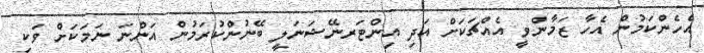
އެހެންކަމުން އެހާ ޒަމާންވީ އެއްޗަކަށް އަދި އިންޓަރނޭޝަނަލީ ބޭނުންކުރަމުން އަންނަ ނަމަކަށް ވަކި